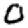
Digit: 0